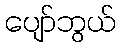
ပျော်ဘွယ်